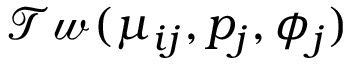
\mathcal { T w } ( \mu _ { i j } , p _ { j } , \phi _ { j } )